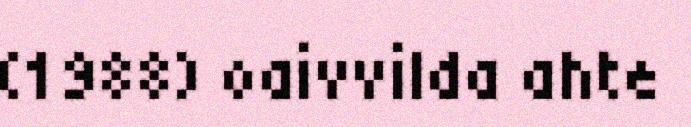
(1988) oaivvilda ahte